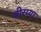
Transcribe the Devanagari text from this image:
वीरय्या